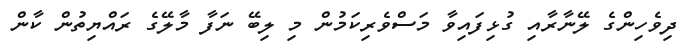
ދިވެހިންގެ ލޭނާރާއި ގުޅިފައިވާ މަސްވެރިކަމުން މި ލިބޭ ނަފާ މާލޭގެ ރައްޔިތުން ކާން